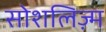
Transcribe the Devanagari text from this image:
सोशलिज़्म